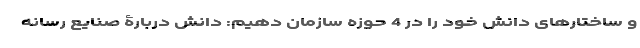
و ساختارهای دانش خود را در 4 حوزه سازمان دهیم: دانش دربارۀ صنایع رسانه